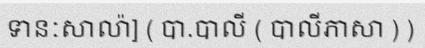
ទានៈសាល៉ា] ( បា.បាលី ( បាលីភាសា ) )